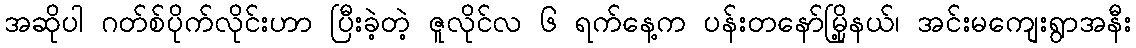
အဆိုပါ ဂတ်စ်ပိုက်လိုင်းဟာ ပြီးခဲ့တဲ့ ဇူလိုင်လ ၆ ရက်နေ့က ပန်းတနော်မြို့နယ်၊ အင်းမကျေးရွာအနီး